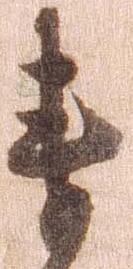
衛